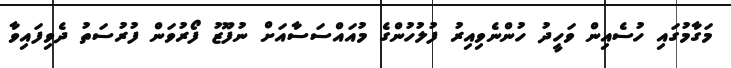
މަގާމުގައި ހުސެއިން ވަހީދު ހުންނެވިއިރު ފުލުހުންގެ މުއައްސަސާއަށް ނުފޫޒު ފޯރުވަން ފުުރުސަތު ދެވިފައިވާ